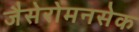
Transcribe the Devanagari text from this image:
जैसेरोमनसेक